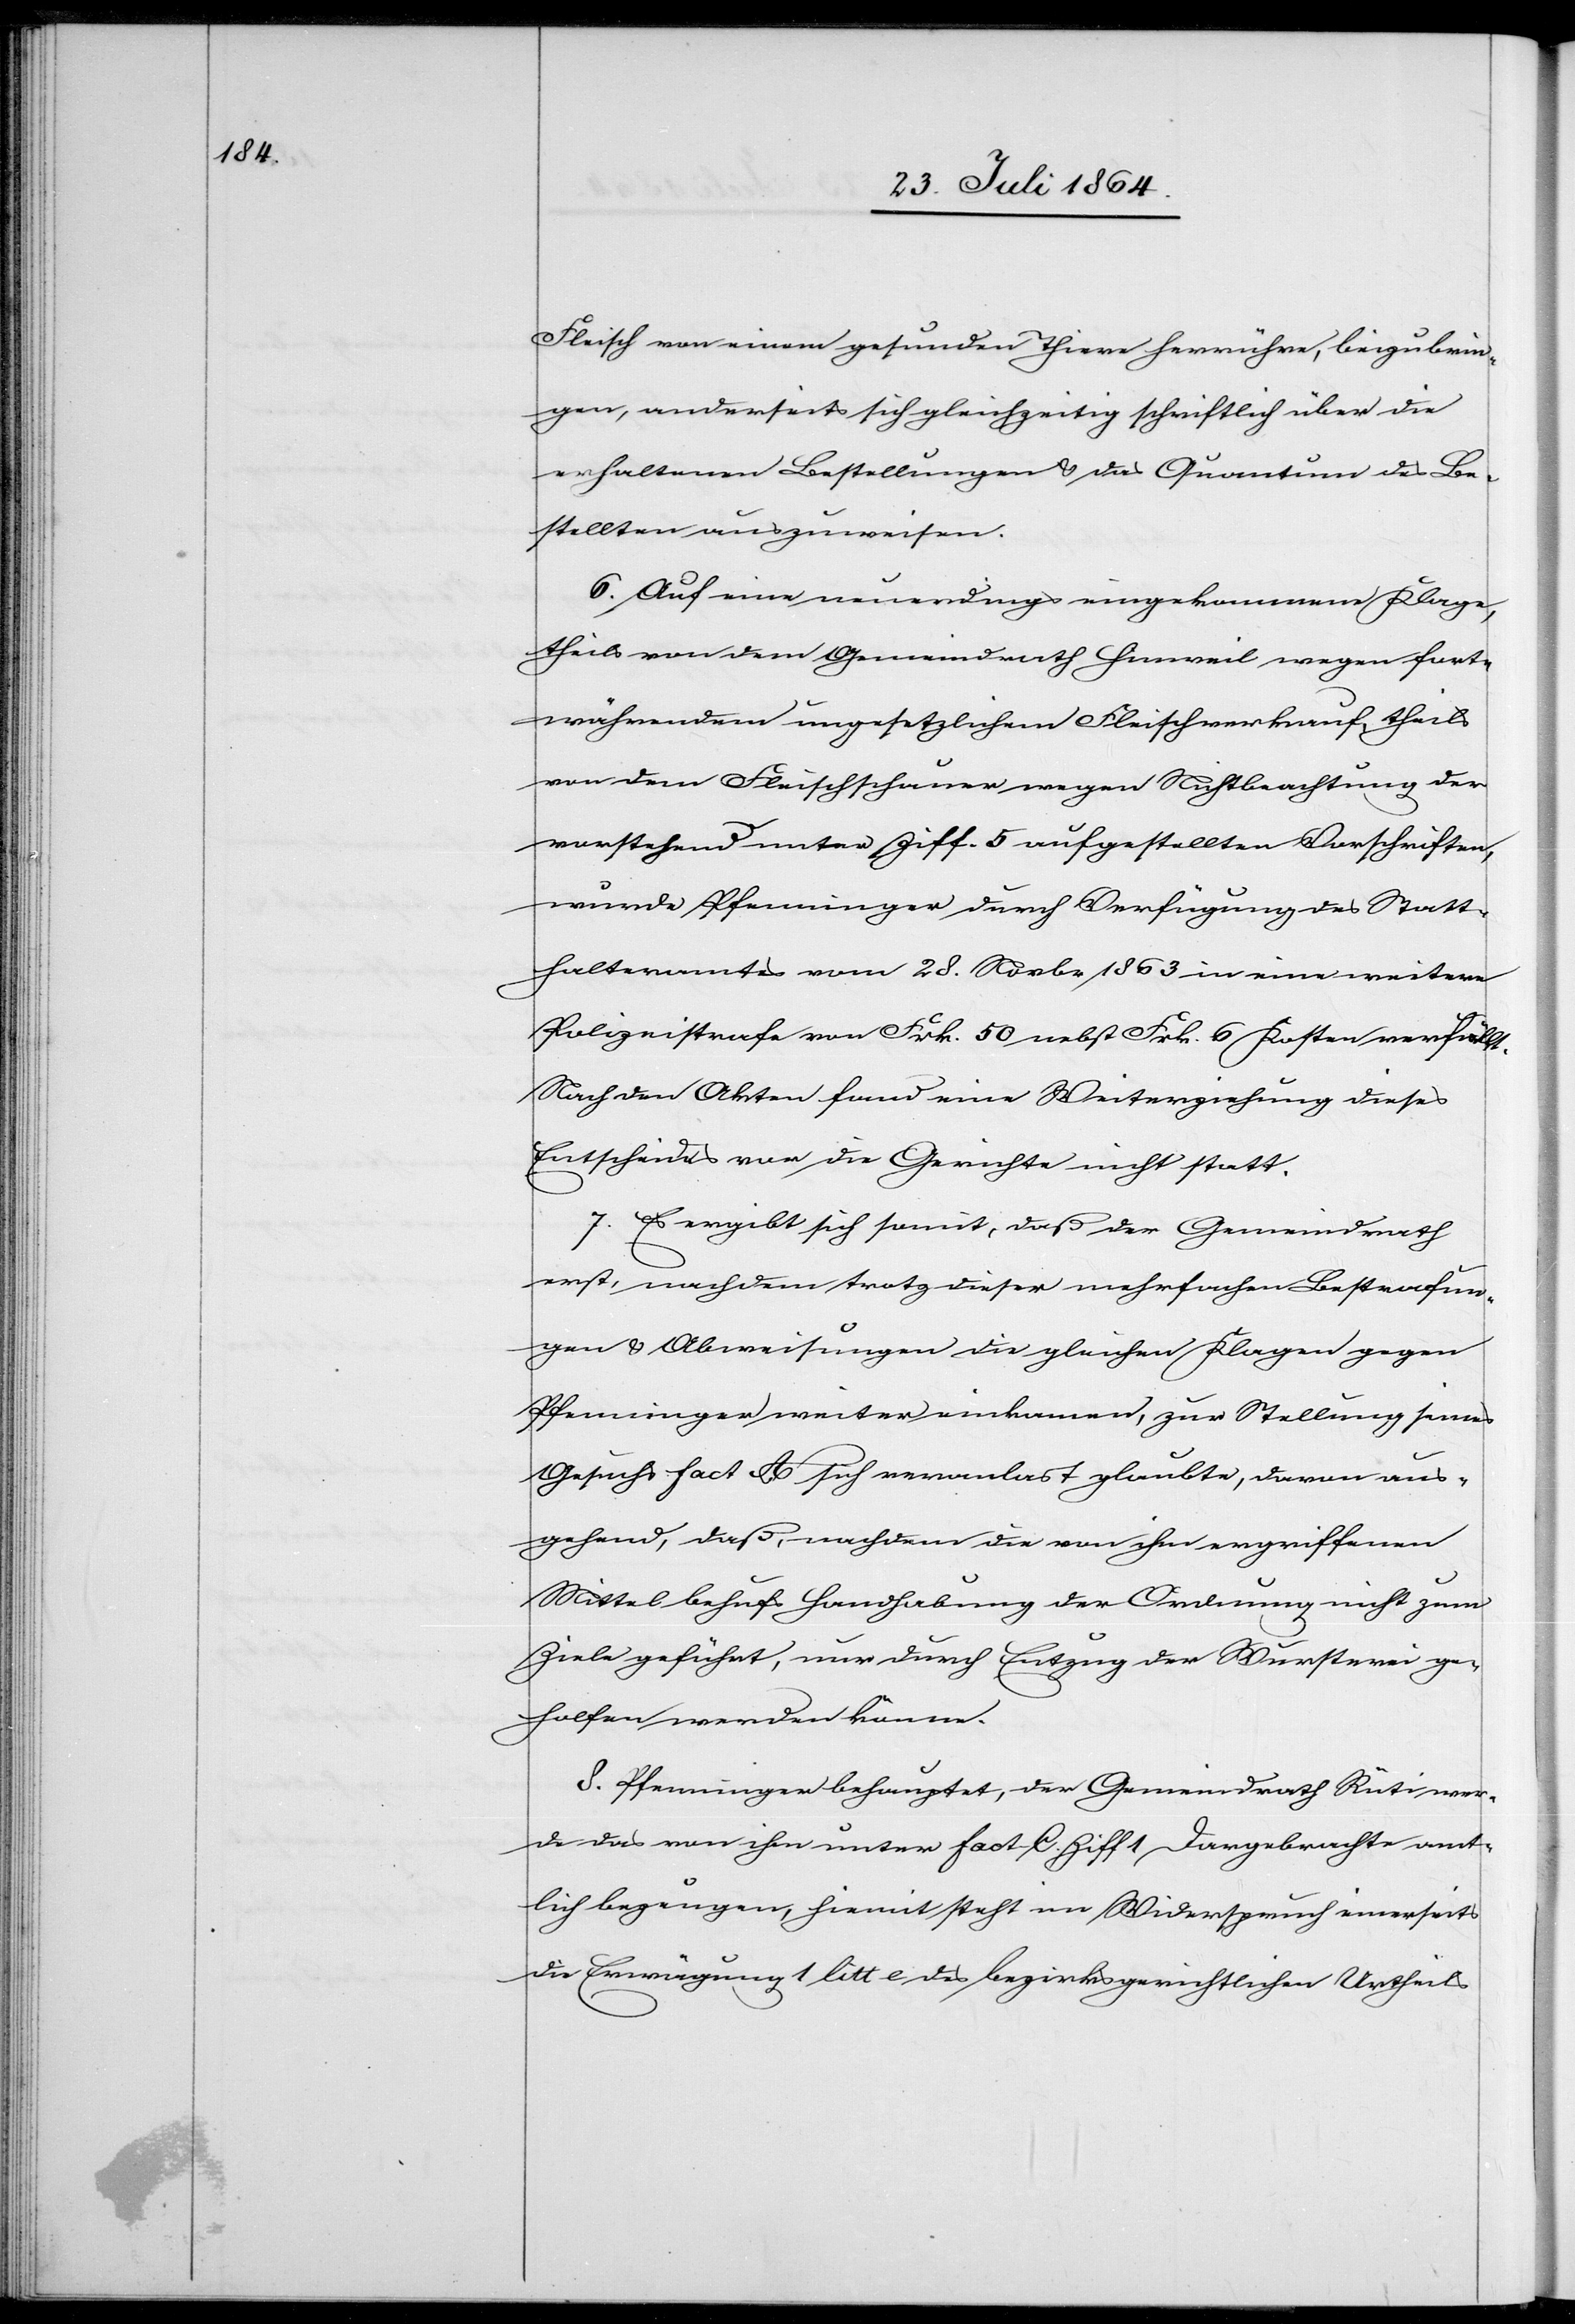
Fleisch von einem gesunden Thiere herrühre, beizubrin¬
gen, anderseits sich gleichzeitig schriftlich über die
erhaltenen Bestellungen & das Quantum des Be¬
stellten auszuweisen.
6. Auf eine neuerdings eingekommene Klage,
theils von dem Gemeindrath Hinweil wegen fort¬
währendem ungesetzlichen Fleischverkauf, theils
von dem Fleischschauer wegen Nichtbeachtung der
nachstehend unter Ziff. 5 aufgestellten Vorschriften,
wurde Pfenninger durch Verfügung des Statt¬
halteramtes vom 28. Novbr. 1863 in eine weitere
Polizeistrafe von Frk. 50 nebst Frk. 6 Kosten verfällt.
Nach den Akten fand eine Weiterziehung dieses
Entscheides vor die Gerichte nicht statt.
7. Es ergibt sich somit, daß der Gemeindrath
erst, nachdem trotz dieser mehrfachen Bestrafun¬
gen & Abweisungen die gleichen Klagen gegen
Pfenninger weiter einkamen, zur Stellung seines
Gesuchs fact. A sich veranla[s]st glaubte, davon aus¬
gehend, daß, nachdem die von ihm ergriffenen
Mittel behufs Handhabung der Ordnung nicht zum
Ziele geführt, nur durch Entzug der Wursterei ge¬
holfen werden könne.
8. Pfenninger behauptet, der Gemeindrath Rüti wer¬
de das von ihm unter fact. C. Ziff 1 Dargebrachte amt¬
lich bezeugen, hiemit steht im Widerspruch einerseits
die Erwägung 1 litt e des bezirksgerichtlichen Urtheils